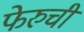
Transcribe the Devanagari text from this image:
फेरुची